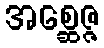
အစ္ဆေဇ္ဇ